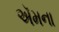
ઍમના